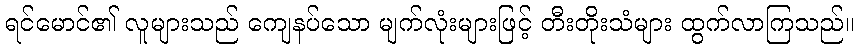
ရင်မောင်၏ လူများသည် ကျေနပ်သော မျက်လုံးများဖြင့် တီးတိုးသံများ ထွက်လာကြသည်။